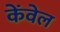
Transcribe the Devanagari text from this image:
केंवेल